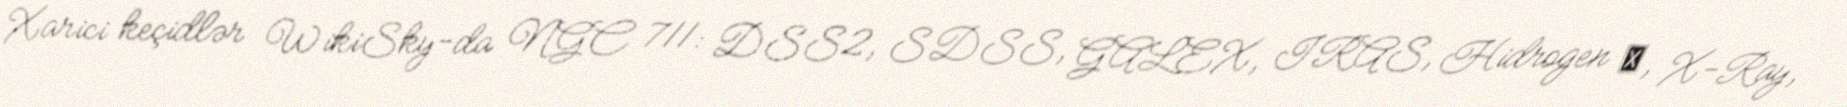
Xarici keçidlər WikiSky-da NGC 711: DSS2, SDSS, GALEX, IRAS, Hidrogen α, X-Ray,